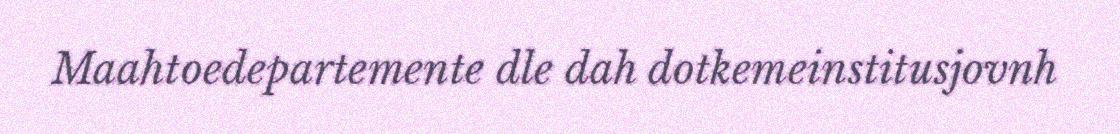
Maahtoedepartemente dle dah dotkemeinstitusjovnh